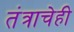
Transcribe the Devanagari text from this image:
तंत्राचेही